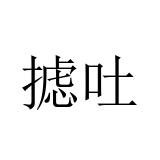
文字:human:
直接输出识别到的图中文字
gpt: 摅吐